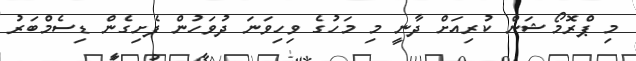
މި ޕްރޮމޯޝަން ކުރިއަށް ދާނީ މި މަހުގެ ވިހިވަނަ ދުވަހުން ފެށިގެން ޑިސެމްބަރު